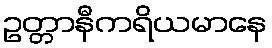
ဥတ္တာနီကရိယမာနေ